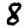
Digit: 8